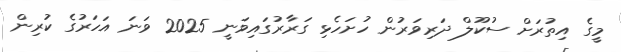
މީގެ އިތުރަށް ސުކޫލް ދަރިވަރުން ހުށަހެޅި ގަރާރުގައިވަނީ 2025 ވަނަ އަހަރުގެ ކުރިން